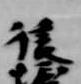
後